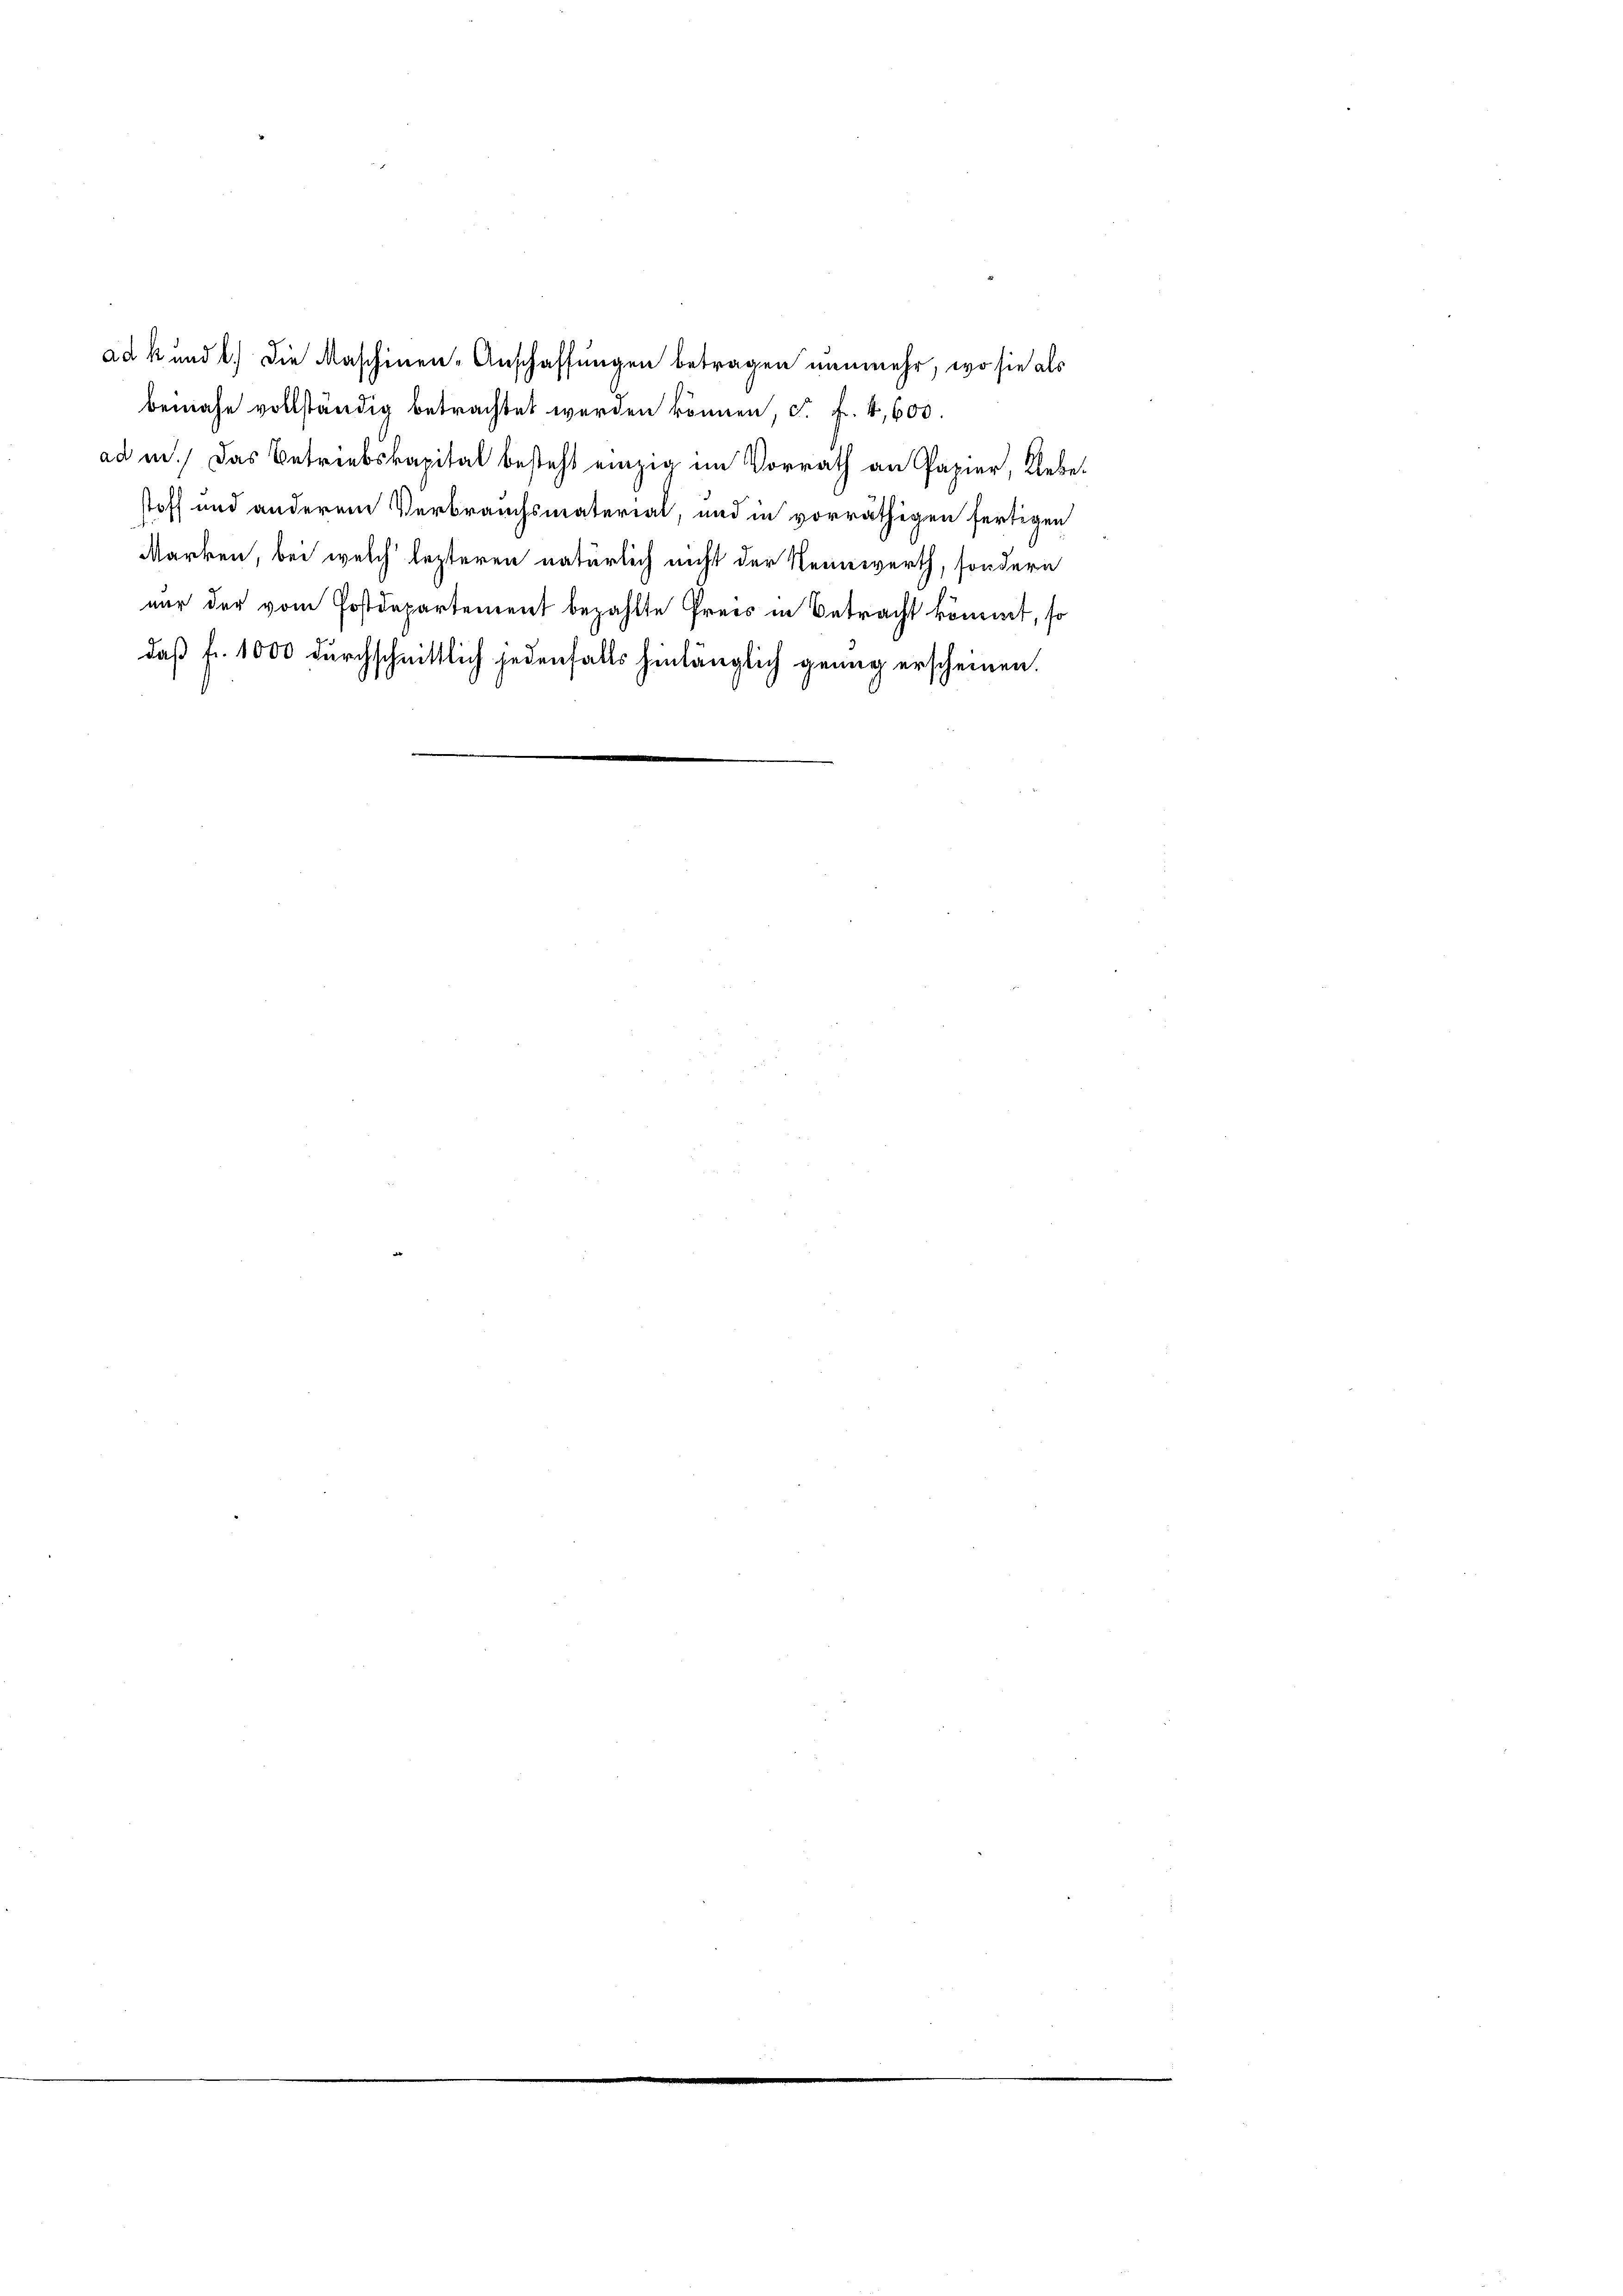
ad k und b.) Die Maschinen-Anschaffungen betragen nunmehr, wo sie als
beinahe vollständig betrachtet werden können, s. f. 4,600.
ad in das Betriebskapital besteht einzig im Vorrath an Papier, Lebe
stoff und anderem Verbrauchsmaterial, und in vorräthigen fertigen
Marken, bei welch lezteren natürlich nicht der Reinwerth, sondern
nur der vom Postdepartement bezahlte Preis in Betracht kömmt, so
daß fr. 1000 durchschnittlich jedenfalls hinlänglich genug erscheinen.